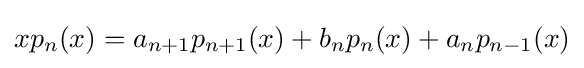
xp_{n}(x)=a_{n+1}p_{n+1}(x)+b_{n}p_{n}(x)+a_{n}p_{n-1}(x)